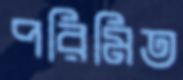
পরিমিত